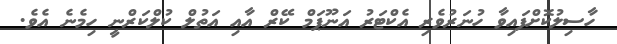
ހާސިލުކޮށްފައިވާ ހުނަރުވެރި އެކްޓަރު އަނޫޕަމް ކޭރް އާއި އަތުލް ކުލްކަރްނީ ހިމެނެ އެވެ.